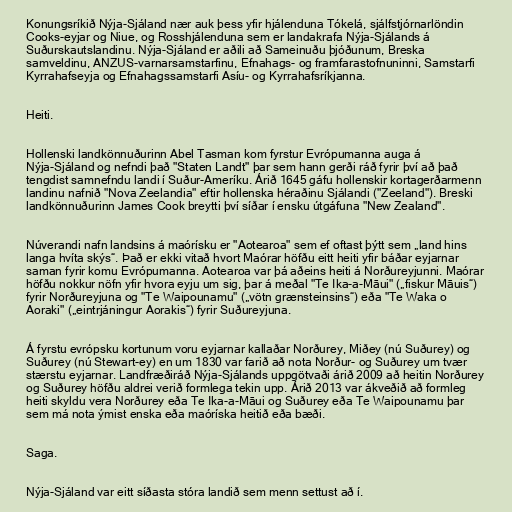
Konungsríkið Nýja-Sjáland nær auk þess yfir hjálenduna Tókelá, sjálfstjórnarlöndin
Cooks-eyjar og Niue, og Rosshjálenduna sem er landakrafa Nýja-Sjálands á
Suðurskautslandinu. Nýja-Sjáland er aðili að Sameinuðu þjóðunum, Breska
samveldinu, ANZUS-varnarsamstarfinu, Efnahags- og framfarastofnuninni, Samstarfi
Kyrrahafseyja og Efnahagssamstarfi Asíu- og Kyrrahafsríkjanna.

Heiti.

Hollenski landkönnuðurinn Abel Tasman kom fyrstur Evrópumanna auga á
Nýja-Sjáland og nefndi það "Staten Landt" þar sem hann gerði ráð fyrir því að það
tengdist samnefndu landi í Suður-Ameríku. Árið 1645 gáfu hollenskir kortagerðarmenn
landinu nafnið "Nova Zeelandia" eftir hollenska héraðinu Sjálandi ("Zeeland"). Breski
landkönnuðurinn James Cook breytti því síðar í ensku útgáfuna "New Zealand".

Núverandi nafn landsins á maórísku er "Aotearoa" sem ef oftast þýtt sem „land hins
langa hvíta skýs“. Það er ekki vitað hvort Maórar höfðu eitt heiti yfir báðar eyjarnar
saman fyrir komu Evrópumanna. Aotearoa var þá aðeins heiti á Norðureyjunni. Maórar
höfðu nokkur nöfn yfir hvora eyju um sig, þar á meðal "Te Ika-a-Māui" („fiskur Māuis“)
fyrir Norðureyjuna og "Te Waipounamu" („vötn grænsteinsins“) eða "Te Waka o
Aoraki" („eintrjáningur Aorakis“) fyrir Suðureyjuna.

Á fyrstu evrópsku kortunum voru eyjarnar kallaðar Norðurey, Miðey (nú Suðurey) og
Suðurey (nú Stewart-ey) en um 1830 var farið að nota Norður- og Suðurey um tvær
stærstu eyjarnar. Landfræðiráð Nýja-Sjálands uppgötvaði árið 2009 að heitin Norðurey
og Suðurey höfðu aldrei verið formlega tekin upp. Árið 2013 var ákveðið að formleg
heiti skyldu vera Norðurey eða Te Ika-a-Māui og Suðurey eða Te Waipounamu þar
sem má nota ýmist enska eða maóríska heitið eða bæði.

Saga.

Nýja-Sjáland var eitt síðasta stóra landið sem menn settust að í.